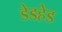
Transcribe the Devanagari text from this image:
डेडहेड